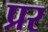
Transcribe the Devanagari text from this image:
प्रर